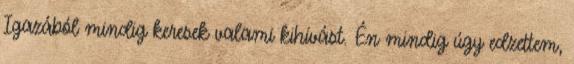
Igazából mindig keresek valami kihívást. Én mindig úgy edzettem,